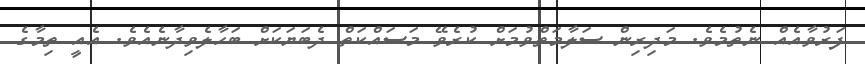
ފަރުވާއެއް ނެތުމެވެ. މަދިރިން ސަލާމަތްވުމަށް ކުރެވޭ މަސައްކަތް ދެބަޔަކަށް ބަހާލެވިދާނެއެވެ. އެއީ ތިމާގެ